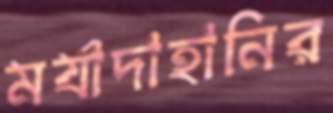
মর্যাদাহানির